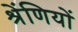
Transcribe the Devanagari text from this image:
श्रेंणियों